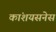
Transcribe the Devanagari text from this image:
कांशयसनेस